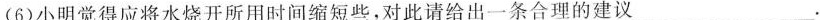
(6)小明觉得应将水烧开所用时间缩短些，对此请给出一条合理的建议